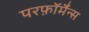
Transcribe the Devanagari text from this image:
परफ़ॉर्मैन्स